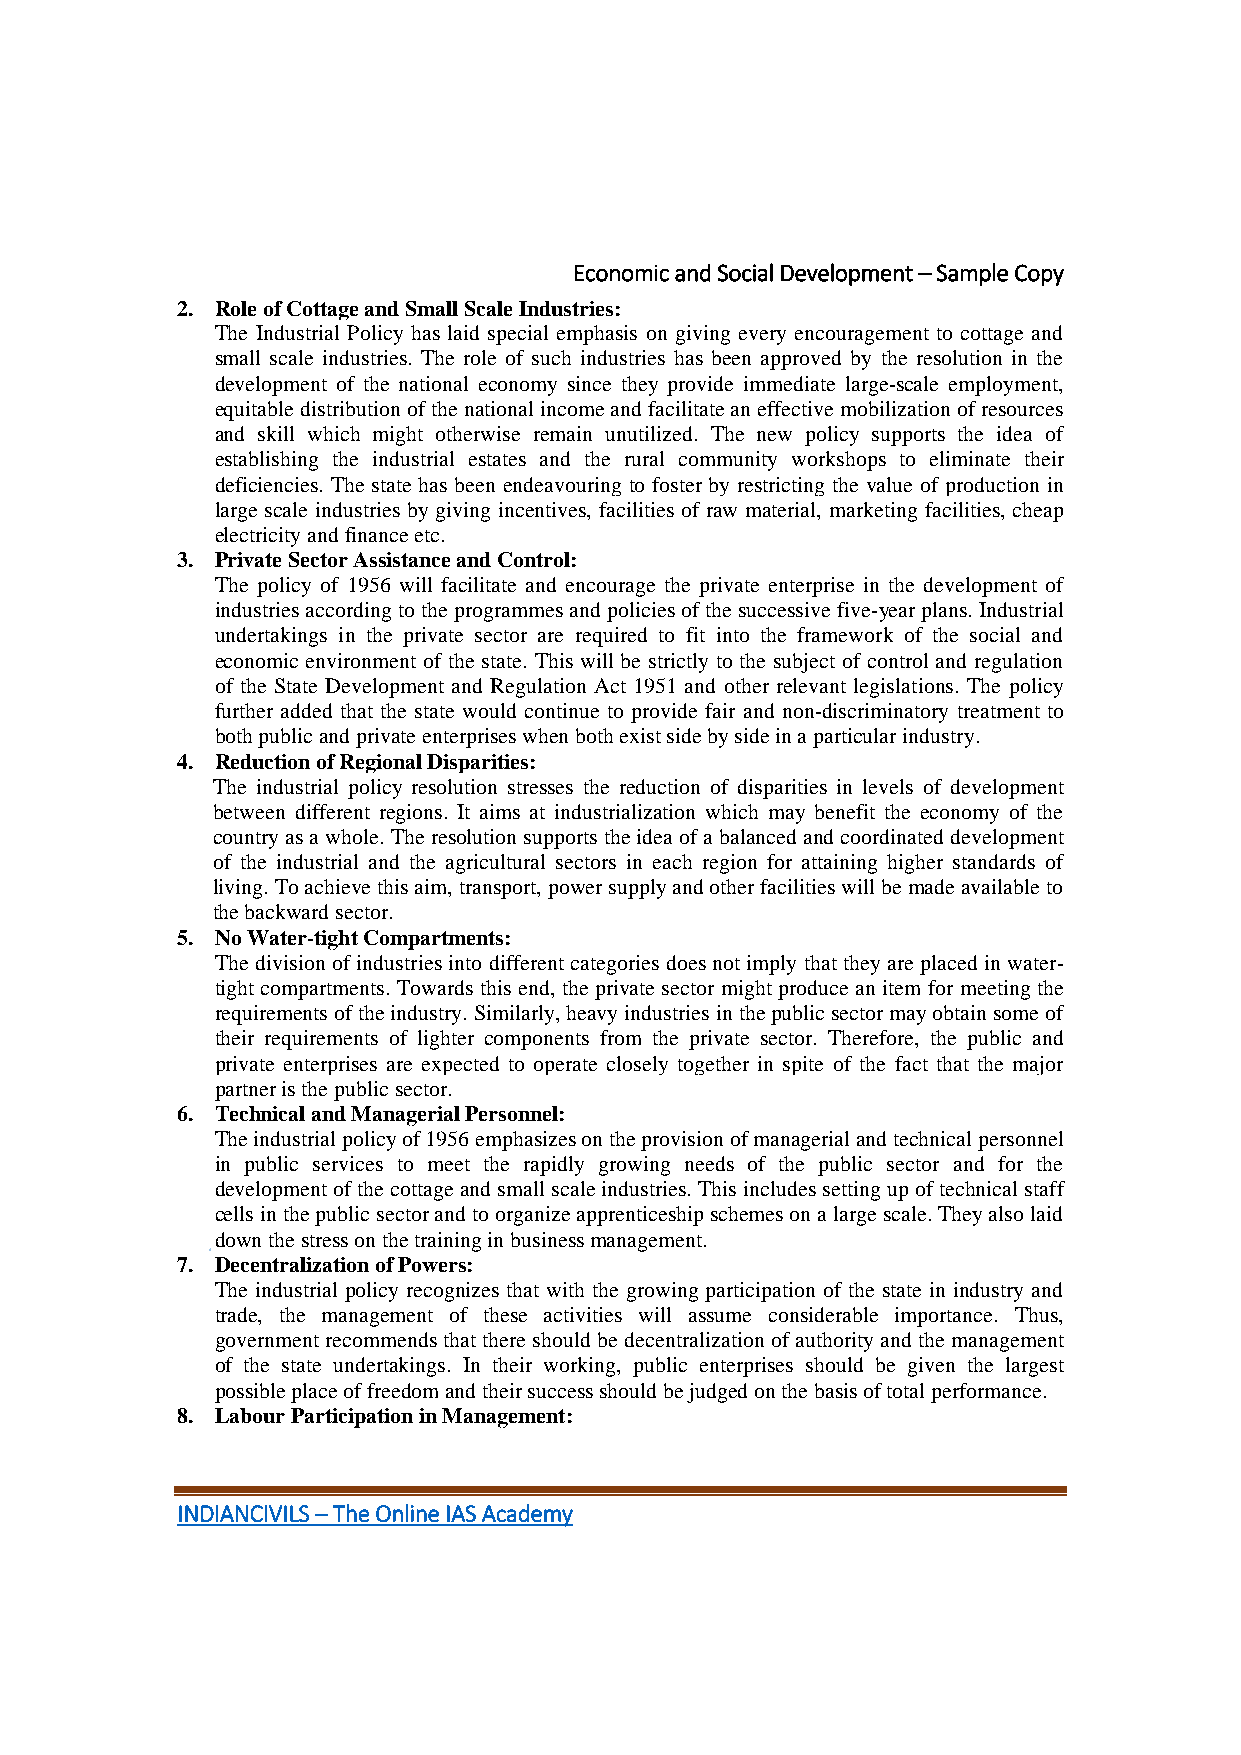
Economic and Social Development – Sample Copy
 2. Role of Cottage and Small Scale Industries:
 The Industrial Policy has laid special emphasis on giving every encouragement to cottage and
 small scale industries. The role of such industries has been approved by the resolution in the
 development of the national economy since they provide immediate large-scale employment,
 equitable distribution of the national income and facilitate an effective mobilization of resources
 and skill which might otherwise remain unutilized. The new policy supports the idea of
 establishing the industrial estates and the rural community workshops to eliminate their
 deficiencies. The state has been endeavouring to foster by restricting the value of production in
 large scale industries by giving incentives, facilities of raw material, marketing facilities, cheap
 electricity and finance etc.
 3. Private Sector Assistance and Control:
 The policy of 1956 will facilitate and encourage the private enterprise in the development of
 industries according to the programmes and policies of the successive five-year plans. Industrial
 undertakings in the private sector are required to fit into the framework of the social and
 economic environment of the state. This will be strictly to the subject of control and regulation
 of the State Development and Regulation Act 1951 and other relevant legislations. The policy
 further added that the state would continue to provide fair and non-discriminatory treatment to
 both public and private enterprises when both exist side by side in a particular industry.
 4. Reduction of Regional Disparities:
 The industrial policy resolution stresses the reduction of disparities in levels of development
 between different regions. It aims at industrialization which may benefit the economy of the
 country as a whole. The resolution supports the idea of a balanced and coordinated development
 of the industrial and the agricultural sectors in each region for attaining higher standards of
 living. To achieve this aim, transport, power supply and other facilities will be made available to
 the backward sector.
 5. No Water-tight Compartments:
 The division of industries into different categories does not imply that they are placed in water-
 tight compartments. Towards this end, the private sector might produce an item for meeting the
 requirements of the industry. Similarly, heavy industries in the public sector may obtain some of
 their requirements of lighter components from the private sector. Therefore, the public and
 private enterprises are expected to operate closely together in spite of the fact that the major
 partner is the public sector.
 6. Technical and Managerial Personnel:
 The industrial policy of 1956 emphasizes on the provision of managerial and technical personnel
 in public services to meet the rapidly growing needs of the public sector and for the
 development of the cottage and small scale industries. This includes setting up of technical staff
 cells in the public sector and to organize apprenticeship schemes on a large scale. They also laid
 down the stress on the training in business management.
 7. Decentralization of Powers:
 The industrial policy recognizes that with the growing participation of the state in industry and
 trade, the management of these activities will assume considerable importance. Thus,
 government recommends that there should be decentralization of authority and the management
 of the state undertakings. In their working, public enterprises should be given the largest
 possible place of freedom and their success should be judged on the basis of total performance.
 8. Labour Participation in Management:
 INDIANCIVILS – The Online IAS Academy